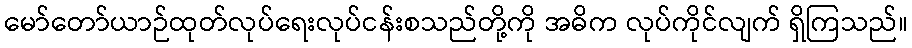
မော်တော်ယာဉ်ထုတ်လုပ်ရေးလုပ်ငန်းစသည်တို့ကို အဓိက လုပ်ကိုင်လျက် ရှိကြသည်။